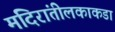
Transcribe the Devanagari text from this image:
मंदिरांतीलकाकडा